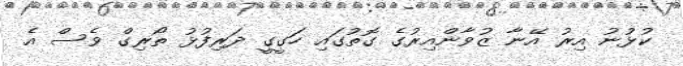
ކުޅުނު އިރު އޭނާ ޒުވާންއިރުގެ ގޮތުގައި ހަގީގީ ދަރިފުޅު ތޯރިގް ވެސް އެ